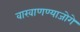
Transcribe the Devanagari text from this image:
वाखाणण्याजोगे